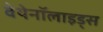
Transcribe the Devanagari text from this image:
वेथेनॉलाइड्स